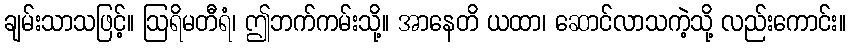
ချမ်းသာသဖြင့်။ ဩရိမတီရံ၊ ဤဘက်ကမ်းသို့။ အာနေတိ ယထာ၊ ဆောင်လာသကဲ့သို့ လည်းကောင်း။